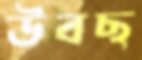
উবছ